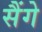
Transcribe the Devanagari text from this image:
सैंगे